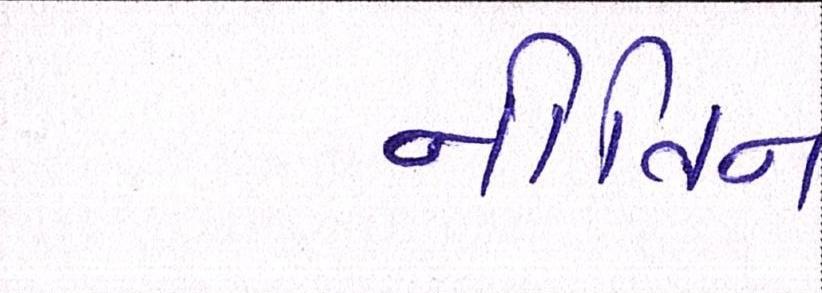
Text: નીતિન